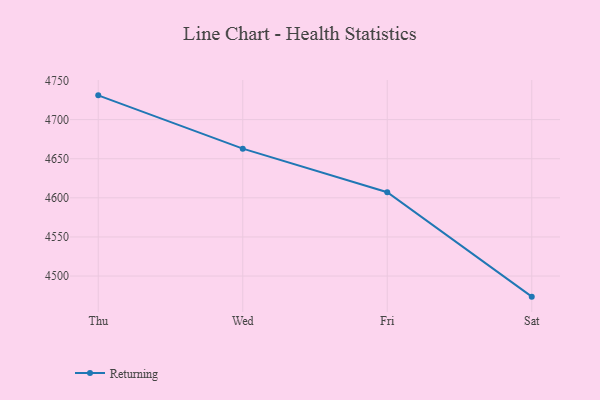
{"axis": {"x": "Day", "y": "Customer Acquisition Cost (USD)"}, "legend": ["Returning"], "data": [{"x": "Thu", "y": 4731.0, "type": "Returning"}, {"x": "Wed", "y": 4662.9, "type": "Returning"}, {"x": "Fri", "y": 4607.1, "type": "Returning"}, {"x": "Sat", "y": 4473.7, "type": "Returning"}]}